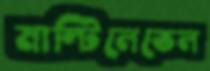
মাল্টিলেভেল